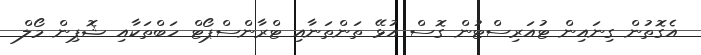
އެގޮތުން ގިނައިން ޓުއަރިސްޓުން ގޮސް އުޅޭ ތަންތަނާއި ޓްރާންސްޕޯޓް ހަބްތަކާއި ޝޮޕިން މޯލް